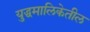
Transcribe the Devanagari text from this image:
युद्धमालिकेतील